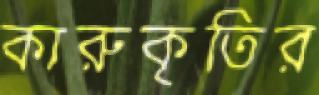
কারুকৃতির